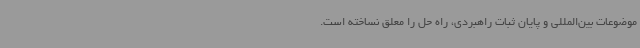
موضوعات بین‌المللی و پایان ثبات راهبردی، راه حل را معلق نساخته است.